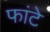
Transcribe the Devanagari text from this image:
फांटे